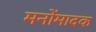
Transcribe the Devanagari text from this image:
मनोंमादक